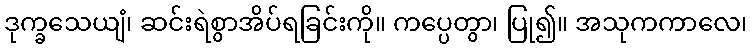
ဒုက္ခသေယျံ၊ ဆင်းရဲစွာအိပ်ရခြင်းကို။ ကပ္ပေတွာ၊ ပြု၍။ အသုကကာလေ၊